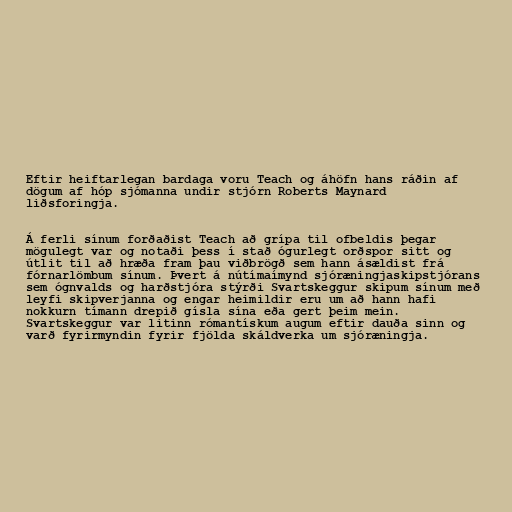
Eftir heiftarlegan bardaga voru Teach og áhöfn hans ráðin af
dögum af hóp sjómanna undir stjórn Roberts Maynard
liðsforingja.

Á ferli sínum forðaðist Teach að grípa til ofbeldis þegar
mögulegt var og notaði þess í stað ógurlegt orðspor sitt og
útlit til að hræða fram þau viðbrögð sem hann ásældist frá
fórnarlömbum sínum. Þvert á nútímaímynd sjóræningjaskipstjórans
sem ógnvalds og harðstjóra stýrði Svartskeggur skipum sínum með
leyfi skipverjanna og engar heimildir eru um að hann hafi
nokkurn tímann drepið gísla sína eða gert þeim mein.
Svartskeggur var litinn rómantískum augum eftir dauða sinn og
varð fyrirmyndin fyrir fjölda skáldverka um sjóræningja.